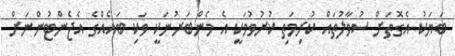
ބަޔަކު އެގޮތަށް ސުވާލުތައް ކުރިމަތި ކުރުވުމަކީ އެ މެންބަރުނަކީ ވަކި ބައެއްގެ އެޖެންޓުންނަށް